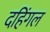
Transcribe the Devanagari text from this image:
दहिंगल